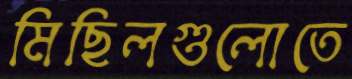
মিছিলগুলোতে